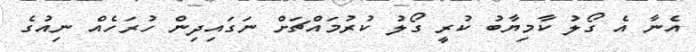
އެނާ އެ ގޯލު ކާމިޔާބު ކުރީ ގޯލު ކުރުމައްޗަށް ނަގައިދިން ހުރަހެއް ނިއުގެ